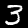
Digit: 3